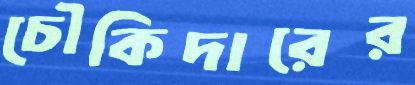
চৌকিদারের